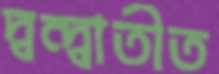
দ্বন্দ্বাতীত